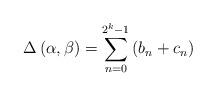
LaTeX: \begin{align*}\Delta \left( \alpha ,\beta \right) =\sum_{n=0}^{2^{k}-1}\left(b_{n}+c_{n}\right) \end{align*}